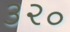
૩૨૦